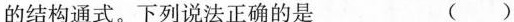
的结构通式。下列说法正确的是 （）